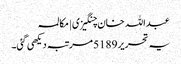
عبداللہ خان چنگیزی | مکالمہ
یہ تحریر 5189 مرتبہ دیکھی گئی۔